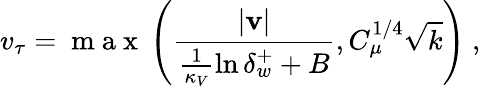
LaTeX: v_{\tau}=\mathrm{~m~a~x~}\left(\frac{|\mathbf{v}|}{\frac{1}{\kappa_{V}}\ln{\delta_{w}^{+}}+B},C_{\mu}^{1/4}\sqrt{k}\right)\mathrm{~,~}